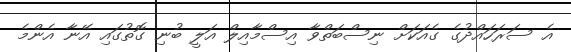
އެ ސަރަހައްދުގެ ގެއަކަށް ނިސްބަތްވާ އިސްމާއިލް އަލީ ބުނި ގޮތުގައި އޭނާ އެންމެ